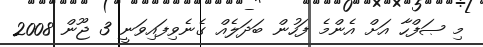
މި ޞަފްހާ އަށް އެންމެ ފަހުން ބަދަލެއް ގެނެވިފައިވަނީ 3 ޖޫން 2008